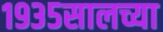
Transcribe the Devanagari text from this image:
१९३५सालच्या